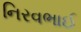
નિરવભાઈ